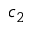
c _ { 2 }